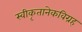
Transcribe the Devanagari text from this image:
स्वीकृतानेकविग्रह